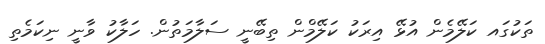
ތަކުގައ ކަލޭމެން އުޅޭ އިރަކު ކަލޭމްން ތިބޭނީ ސަލާމަތުން. ހަލާކު ވާނީ ނިކަމެތި